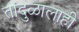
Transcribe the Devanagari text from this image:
तांदुळालाही